画像に写った文字を読んでください
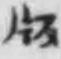
「版」と書いてあります